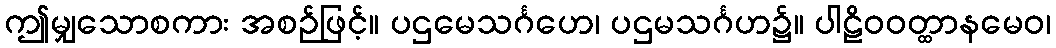
ဤမျှသောစကား အစဉ်ဖြင့်။ ပဌမေသင်္ဂဟေ၊ ပဌမသင်္ဂဟ၌။ ပါဠိဝဝတ္ထာနမေဝ၊